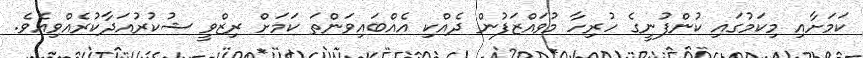
ކަމަށާއި މިކަމުގައި ކުންފުނީގެ ހުރިހާ މުވައްޒަފުން ދެއްކި އެއްބައިވަންތަ ކަމަށް ރިޒްވީ ޝުކުރުއަދާކުރެއްވިއެވެ.